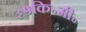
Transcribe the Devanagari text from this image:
३५कि॰मी॰